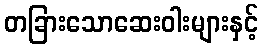
တခြားသောဆေးဝါးများနှင့်